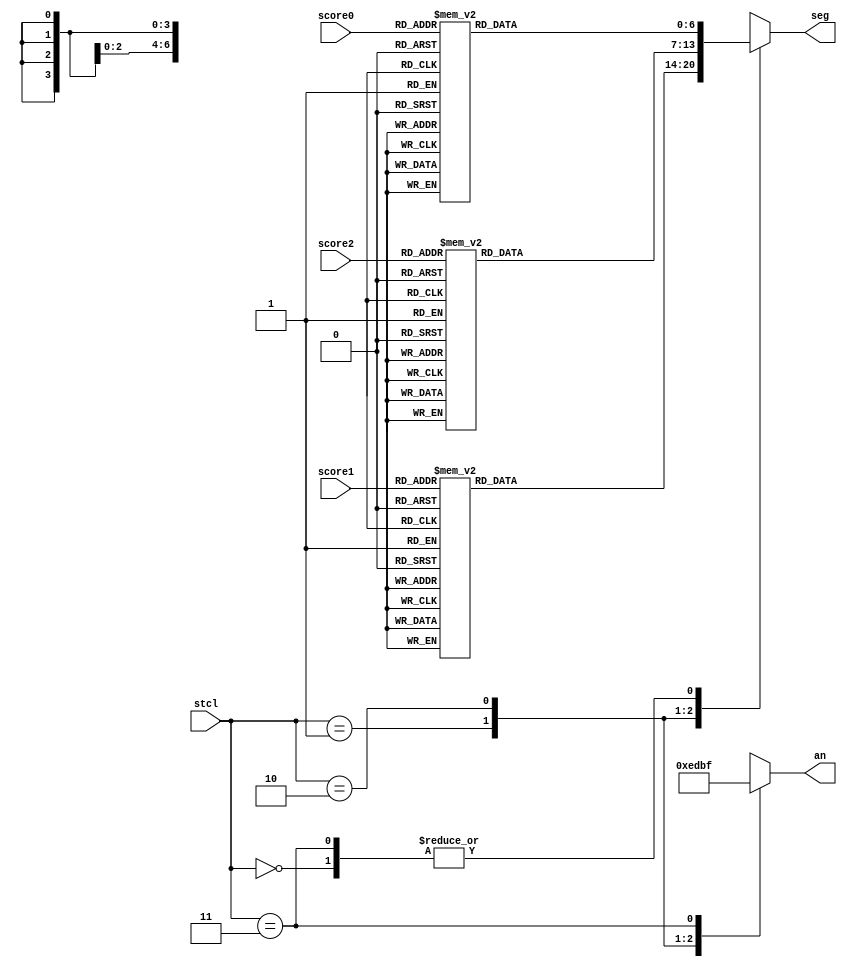
module seven_seg (
    input [1:0] stcl,
    input [3:0] score0,
    input [3:0] score1,
    input [3:0] score2,
    output reg [6:0] seg,
    output reg [3:0] an
    );            
    reg [6:0] seg0, seg1, seg2;
    
    always @(*) begin
        case(score0)
            4'd0 : seg0 = 7'b1000000;
            4'd1 : seg0 = 7'b1111001;
            4'd2 : seg0 = 7'b0100100;
            4'd3 : seg0 = 7'b0110000;
            4'd4 : seg0 = 7'b0011001;
            4'd5 : seg0 = 7'b0010010;
            4'd6 : seg0 = 7'b0000010;
            4'd7 : seg0 = 7'b1011000;
            4'd8 : seg0 = 7'b0000000;
            4'd9 : seg0 = 7'b0011000;
            default : seg0 = 7'b1111111;
        endcase
    end
    
    always @(*) begin
        case(score1)
            4'd0 : seg1 = 7'b1000000;
            4'd1 : seg1 = 7'b1111001;
            4'd2 : seg1 = 7'b0100100;
            4'd3 : seg1 = 7'b0110000;
            4'd4 : seg1 = 7'b0011001;
            4'd5 : seg1 = 7'b0010010;
            4'd6 : seg1 = 7'b0000010;
            4'd7 : seg1 = 7'b1011000;
            4'd8 : seg1 = 7'b0000000;
            4'd9 : seg1 = 7'b0011000;
            default : seg1 = 7'b1111111;
        endcase
    end
    
    always @(*) begin
        case(score2)
            4'd0 : seg2 = 7'b1000000;
            4'd1 : seg2 = 7'b1111001;
            4'd2 : seg2 = 7'b0100100;
            4'd3 : seg2 = 7'b0110000;
            4'd4 : seg2 = 7'b0011001;
            4'd5 : seg2 = 7'b0010010;
            4'd6 : seg2 = 7'b0000010;
            4'd7 : seg2 = 7'b1011000;
            4'd8 : seg2 = 7'b0000000;
            4'd9 : seg2 = 7'b0011000;
            default : seg2 = 7'b1111111;
        endcase
    end

    always @(*) begin
        case(stcl)
            2'd0: seg = seg0;   
            2'd1: seg = seg1;
            2'd2: seg = seg2;
            2'd3: seg = seg0;
        endcase
    end
    
    always @(*) begin
        case(stcl)
            2'd0: an = 4'b1110;   
            2'd1: an = 4'b1101;
            2'd2: an = 4'b1011;
            2'd3: an = 4'b1111;
        endcase
    end        
endmodule